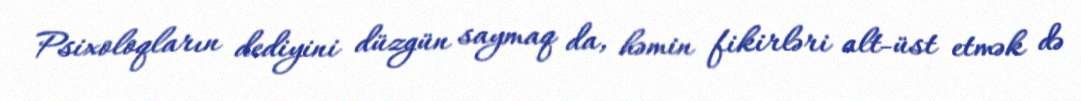
Psixoloqların dediyini düzgün saymaq da, həmin fikirləri alt-üst etmək də